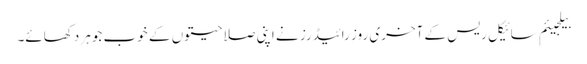
بیلجیئم سائیکل ریس کے آخری روز رائیڈرز نے اپنی صلاحیتوں کے خوب جوہر دکھائے۔